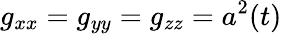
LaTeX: g_{xx}=g_{yy}=g_{zz}=a^{2}(t)